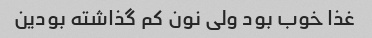
غذا خوب بود ولی نون کم گذاشته بودین